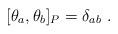
LaTeX: \begin{align*}[\theta_{a},\theta_{b}]_{P} = \delta_{ab} \ .\end{align*}